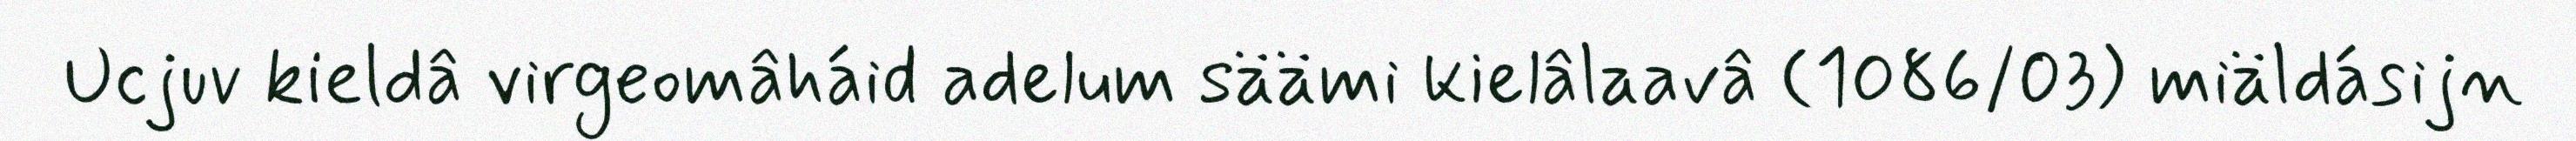
Ucjuv kieldâ virgeomâháid adelum säämi kielâlaavâ (1086/03) miäldásijn